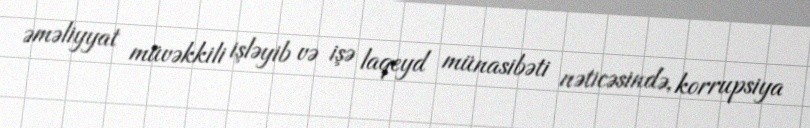
əməliyyat müvəkkili işləyib və işə laqeyd münasibəti nəticəsində, korrupsiya